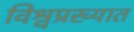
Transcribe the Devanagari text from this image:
विश्वप्रख्यात